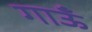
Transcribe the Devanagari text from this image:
गाऊँ